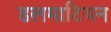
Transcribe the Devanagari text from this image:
डलमाटियन